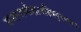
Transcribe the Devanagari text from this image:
प्रजानामीशानस्त्रिपुरमथनः